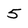
Character: 5